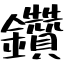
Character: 鑽